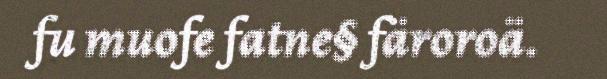
fu muofe fatne§ färoroä.